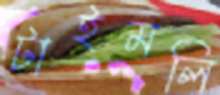
টাইমলি